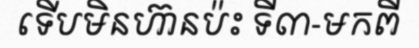
ទើបមិនហ៊ានប៉ះ ទី៣-មកពី